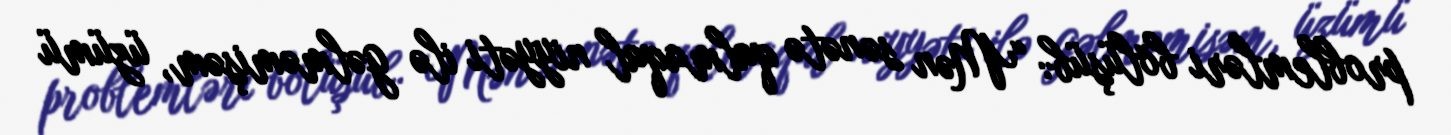
problemləri bölüşüb: “Mən sənətə qalmaqal niyyəti ilə gəlməmişəm, üzümü